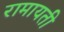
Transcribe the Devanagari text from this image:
रामायती